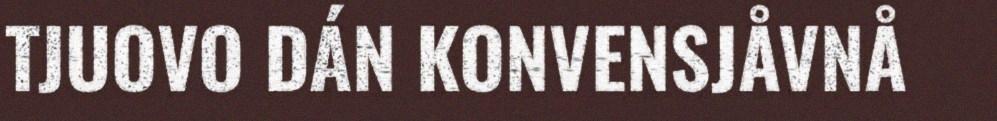
TJUOVO DÁN KONVENSJÅVNÅ